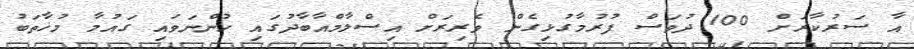
އާ ސަރުކާރަށް 100 ދުވަސް ފުރުމާގުޅިގެން ވެރިރަށް އިސްލާމްއާބާދުގައި ހުންނަވައި ގައުމާ މުޚާތަބު